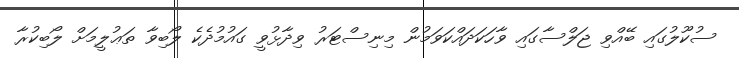
ސުކޫލުގައި ބޭއްވި ޖަލްސާގައި ވާހަކަަދައްކަވަމުން މިނިސްޓަރު ވިދާޅުވީ ގައުމުދެކެ ލޯބިވާ ތަޢުލީމަށް ލޯބިކުރާ